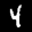
Label: 4